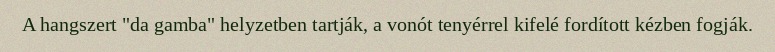
A hangszert "da gamba" helyzetben tartják, a vonót tenyérrel kifelé fordított kézben fogják.